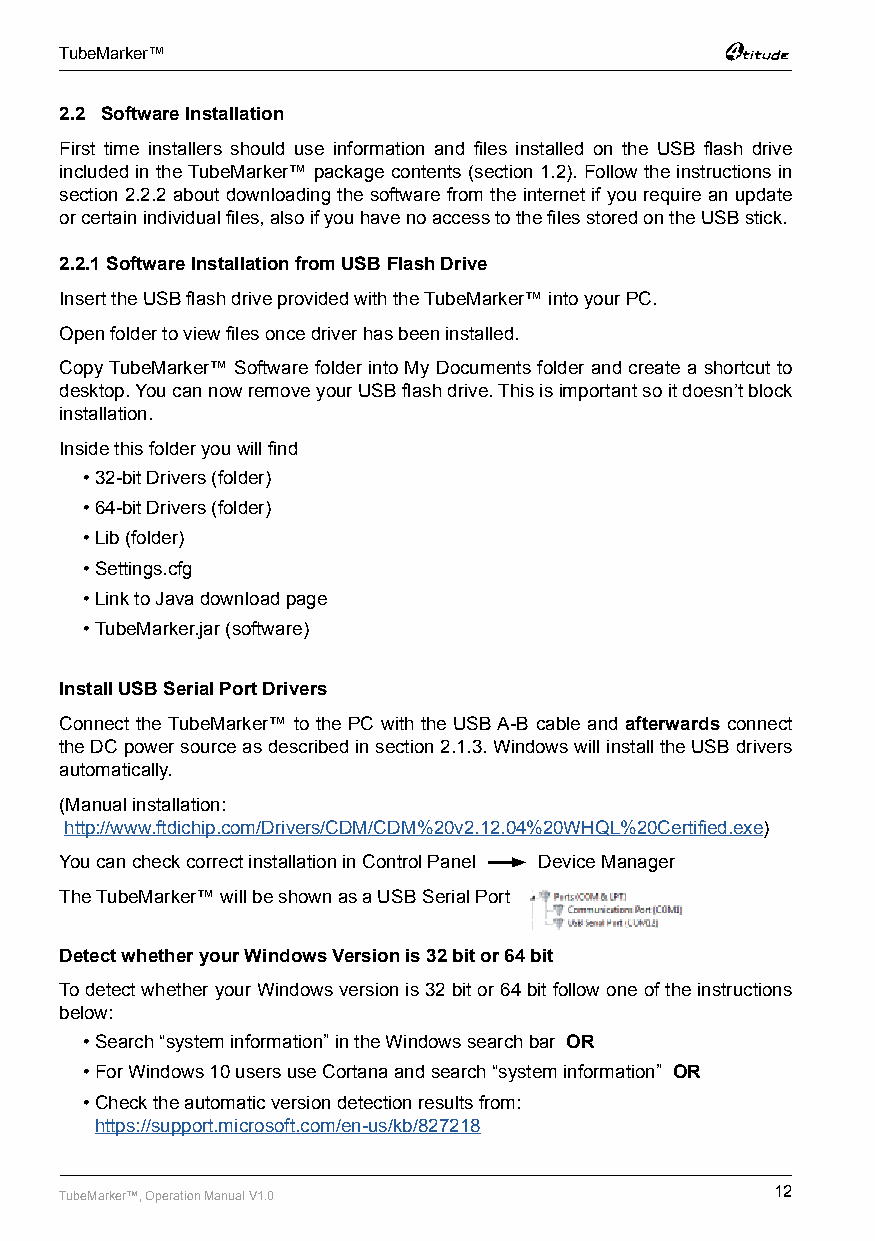
TubeMarker™
 2.2 Software Installation
 First time installers should use information and files installed on the USB flash drive
 included in the TubeMarker™ package contents (section 1.2). Follow the instructions in
 section 2.2.2 about downloading the software from the internet if you require an update
 or certain individual files, also if you have no access to the files stored on the USB stick.
 2.2.1 Software Installation from USB Flash Drive
 Insert the USB flash drive provided with the TubeMarker™ into your PC.
 Open folder to view files once driver has been installed.
 Copy TubeMarker™ Software folder into My Documents folder and create a shortcut to
 desktop. You can now remove your USB flash drive. This is important so it doesn’t block
 installation.
 Inside this folder you will find
 • 32-bit Drivers (folder)
 • 64-bit Drivers (folder)
 • Lib (folder)
 • Settings.cfg
 • Link to Java download page
 • TubeMarker.jar (software)
 Install USB Serial Port Drivers
 Connect the TubeMarker™ to the PC with the USB A-B cable and afterwards connect
 the DC power source as described in section 2.1.3. Windows will install the USB drivers
 automatically.
 (Manual installation:
 http://www.ftdichip.com/Drivers/CDM/CDM%20v2.12.04%20WHQL%20Certified.exe)
 You can check correct installation in Control Panel Device Manager
 The TubeMarker™ will be shown as a USB Serial Port
 Detect whether your Windows Version is 32 bit or 64 bit
 To detect whether your Windows version is 32 bit or 64 bit follow one of the instructions
 below:
 • Search “system information” in the Windows search bar OR
 • For Windows 10 users use Cortana and search “system information” OR
 • Check the automatic version detection results from:
 https://support.microsoft.com/en-us/kb/827218
 TubeMarker™, Operation Manual V1.0             12